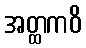
အတ္ထကဝိ